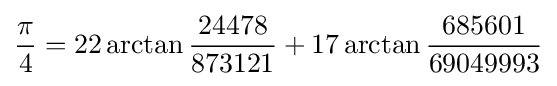
{\frac {\pi }{4}}=22\arctan {\frac {24478}{873121}}+17\arctan {\frac {685601}{69049993}}